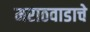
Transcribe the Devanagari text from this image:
मराठवाडाचे